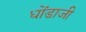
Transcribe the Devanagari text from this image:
धोंडाजी